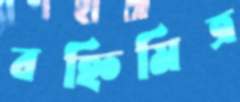
বহ্নিমিত্র